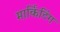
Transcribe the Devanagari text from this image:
मार्किटिंग